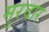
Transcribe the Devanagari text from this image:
मुरवार